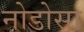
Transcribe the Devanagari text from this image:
नोडोसा